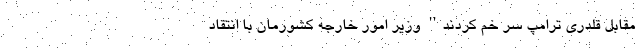
مقابل قلدری ترامپ سر خم کردند'' وزیر امور خارجه کشورمان با انتقاد